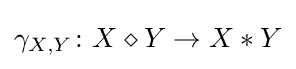
\gamma _{X,Y}\colon X\diamond Y\rightarrow X*Y